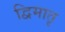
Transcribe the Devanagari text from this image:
द्विमातृ